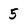
Character: 5